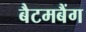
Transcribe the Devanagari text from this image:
बैटमबैंग